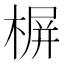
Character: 𣖕